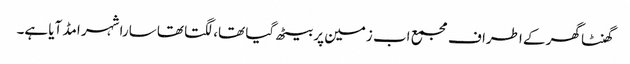
گھنٹا گھر کے اطراف مجمع اب زمین پر بیٹھ گیا تھا، لگتا تھا سارا شہر امڈ آیا ہے۔